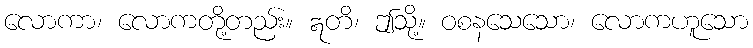
လောကာ၊ လောကတို့တည်း။ ဣတိ၊ ဤသို့။ ဝစနသေသော၊ လောကဟူသော